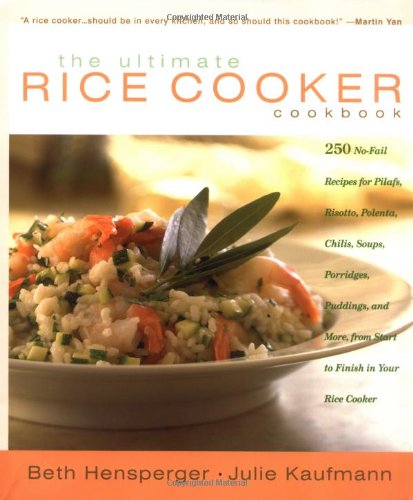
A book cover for The Ultimate Rice Cooker Cookbook; Beth Hensperger; Cookbooks, Food & Wine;